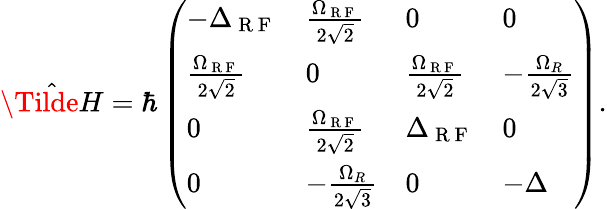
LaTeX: \begin{array}{r}{\hat{\Tilde{H}}=\hbar\left(\begin{array}{llll}{-\Delta_{\mathrm{~R~F~}}}&{\frac{\Omega_{\mathrm{~R~F~}}}{2\sqrt{2}}}&{0}&{0}\\ {\frac{\Omega_{\mathrm{~R~F~}}}{2\sqrt{2}}}&{0}&{\frac{\Omega_{\mathrm{~R~F~}}}{2\sqrt{2}}}&{-\frac{\Omega_{R}}{2\sqrt{3}}}\\ {0}&{\frac{\Omega_{\mathrm{~R~F~}}}{2\sqrt{2}}}&{\Delta_{\mathrm{~R~F~}}}&{0}\\ {0}&{-\frac{\Omega_{R}}{2\sqrt{3}}}&{0}&{-\Delta}\end{array}\right).}\end{array}